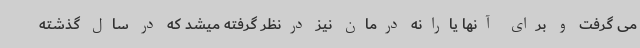
می گرفت و برای آنها یارانه درمان نیز درنظر گرفته میشد که در سال گذشته